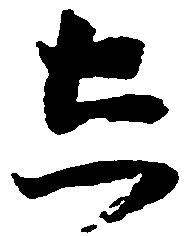
し